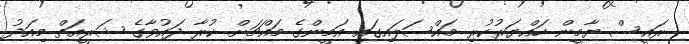
ރައީސް ޔާމީން ހައްޔަރުކުރި މައްސަލައިގައި އަމީންގެ މައްޗަށް ކުރާ ދައުވާގެ ޝަރީއަތް މިއަދު